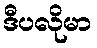
ဒီပလိုမာ